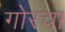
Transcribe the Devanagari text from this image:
गोरचा